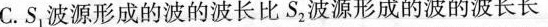
C.S_{1}波源形成的波的波长比S_{2}波源形成的波的波长长